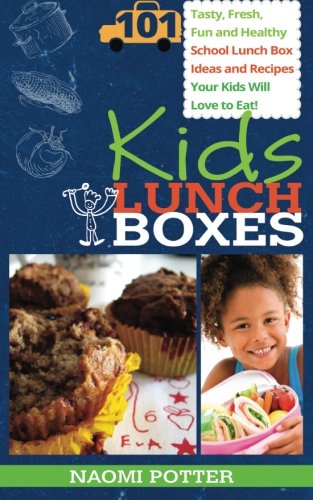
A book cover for Kids Lunch Boxes: 101 Tasty, Fresh, Fun and Healthy School Lunch Box Ideas and Recipes Your Kids Will Love To Eat!; Naomi Potter; Cookbooks, Food & Wine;